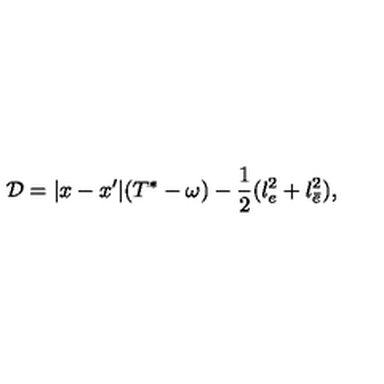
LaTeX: { \cal D } = | x - x ^ { \prime } | ( T ^ { * } - \omega ) - \frac { 1 } { 2 } ( l _ { e } ^ { 2 } + l _ { \bar { e } } ^ { 2 } ) ,